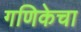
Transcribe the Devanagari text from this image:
गणिकेचा